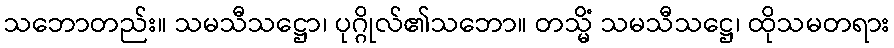
သဘောတည်း။ သမသီသဋ္ဌော၊ ပုဂ္ဂိုလ်၏သဘော။ တသ္မိံ သမသီသဋ္ဌေ၊ ထိုသမတရား